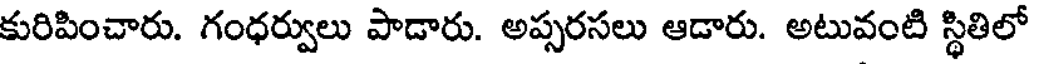
కురిపించారు. గంధర్వులు పాడారు. అప్సరసలు ఆడారు. అటువంటి స్థితిలో